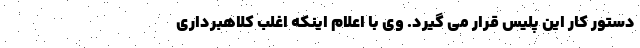
دستور کار این پلیس قرار می گیرد. وی با اعلام اینکه اغلب کلاهبرداری